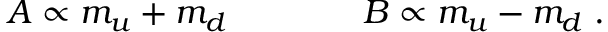
A \propto m _ { u } + m _ { d } ~ ~ ~ ~ ~ ~ ~ ~ ~ ~ ~ ~ B \propto m _ { u } - m _ { d } \; .